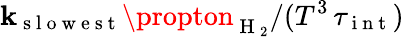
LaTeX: \mathbf{k}_{\mathrm{{~s~l~o~w~e~s~t~}}}\propton_{\mathrm{{~H~}}_{2}}/(T^{3}\, \tau_{\mathrm{{~i~n~t~}}})